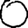
Digit: 0